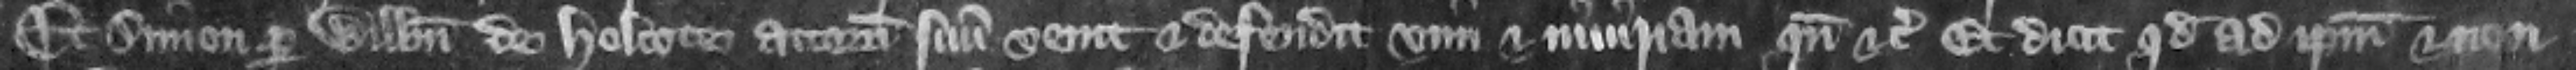
Et Simon per Willelmum de Holcote attornatum suum venit et defendit vim et iniuriam quando etc. Et dicit quod ad ipsum et non